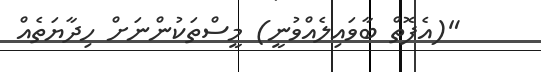
"(އެފޮތް ބާވައިލެއްވުނީ) މީސްތަކުންނަށް ހިދާޔަތެއް